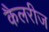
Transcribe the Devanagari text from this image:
कैलरीज